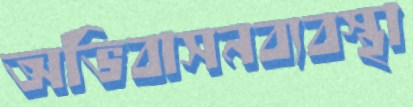
অভিবাসনব্যবস্থা